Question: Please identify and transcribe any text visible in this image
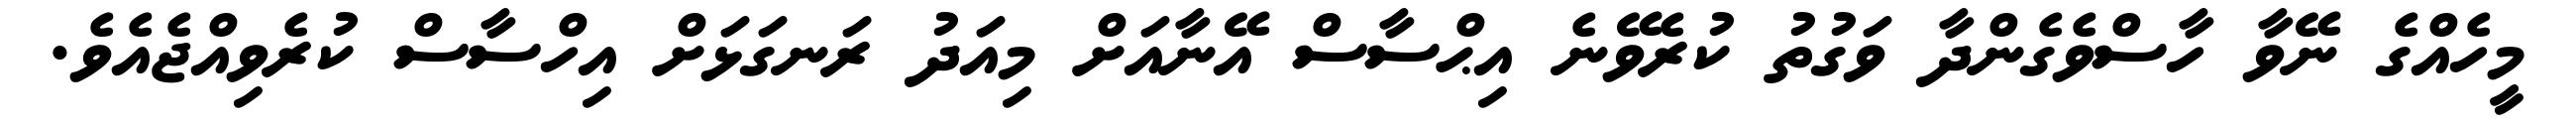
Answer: މީހެއްގެ ނޭވާ ހާސްވެގެންދާ ވަގުތު ކުރެވޭނެ އިޙްސާސް އޭނާއަށް މިއަދު ރަނގަޅަށް އިހްސާސް ކުރެވިއްޖެއެވެ.